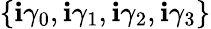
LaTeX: \{ \mathbf{i}\gamma_{0},\mathbf{i}\gamma_{1},\mathbf{i}\gamma_{2},\mathbf{i}\gamma_{3}\}